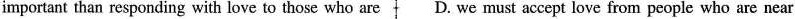
important than responding with love to those who are D. we must accept love from people who are near